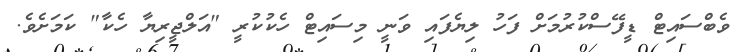
ވެބްސައިޓް ޑީފޭސްކުރުމަށް ފަހު ލިޔެފައި ވަނީ މިސައިޓް ހެކުކުރީ "އަލްޖީރިޔާ ހެކާ" ކަމަށެވެ.